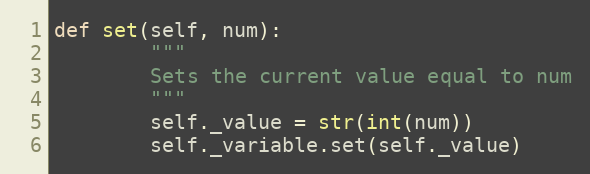
Language: Python
def set(self, num):
        """
        Sets the current value equal to num
        """
        self._value = str(int(num))
        self._variable.set(self._value)